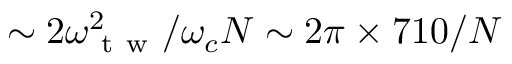
\sim 2 \omega _ { \mathrm { ~ t ~ w ~ } } ^ { 2 } / \omega _ { c } N \sim 2 \pi \times 7 1 0 / N